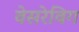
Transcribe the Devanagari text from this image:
वेसरेविग